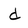
Character: d